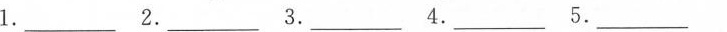
1.___ 2. ___3.___4.___ 5.___